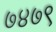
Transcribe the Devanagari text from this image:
७४७९